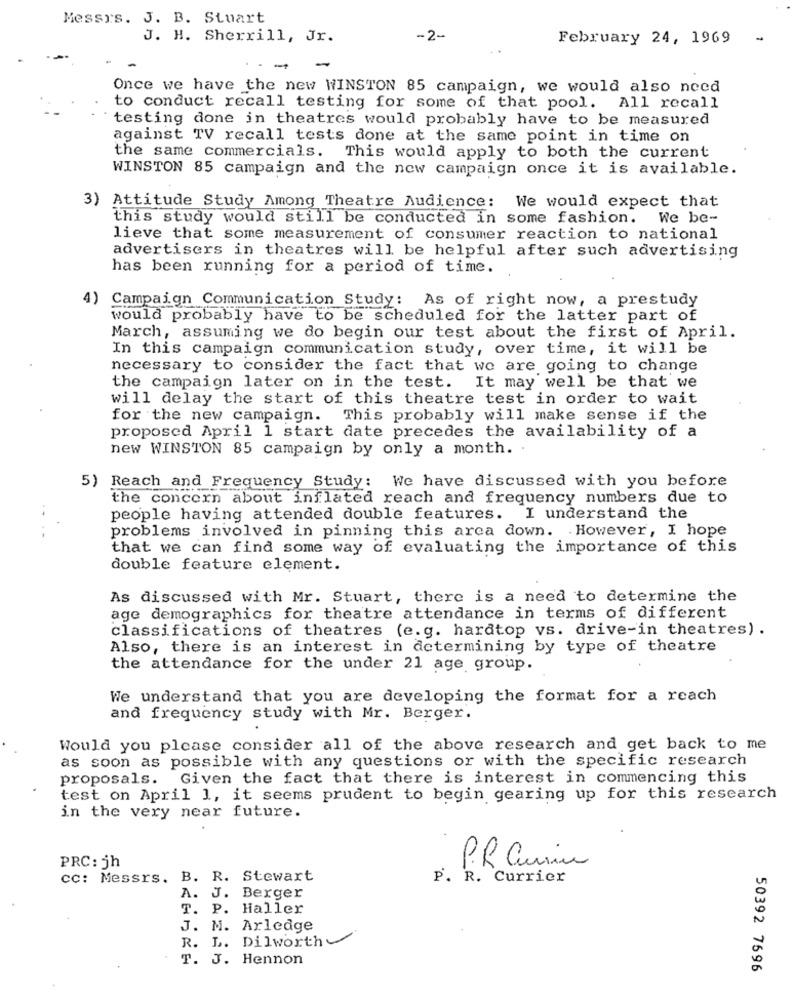
Messrs. J. B. Stuart
J. H. Sherrill, Jr.
-2-
February 24, 1969
Once we have the new WINSTON 85 campaign, we would also need
to conduct recall testing for some of that pool. All recall
testing done in theatres would probably have to be measured
against TV recall tests done at the same point in time on
the same commercials. This would apply to both the current
WINSTON 85 campaign and the new campaign once it is available.
3) Attitude Study Among Theatre Audience: We would expect that
this study would still be conducted in some fashion.
We be-
lieve that some measurement of consumer reaction to national
advertisers in theatres will be helpful after such advertising
has been running for a period of time.
4)
Campaign Communication Study: As of right now, a prestudy
would probably have to be scheduled for the latter part of
March, assuming we do begin our test about the first of April.
In this campaign communication study, over time, it will be
necessary to consider the fact that we are going to change
the campaign later on in the test. It may well be that we
will delay the start of this theatre test in order to wait
for the new campaign. This probably will make sense if the
proposed April 1 start date precedes the availability of a
new WINSTON 85 campaign by only a month. .
5) Reach and Frequency Study: We have discussed with you before
the concern about inflated reach and frequency numbers due to
people having attended double features. I understand the
problems involved in pinning this arca down. However, I hope
that we can find some way of evaluating the importance of this
double feature element.
As discussed with Mr. Stuart, there is a need to determine the
age demographics for theatre attendance in terms of different
classifications of theatres (e.g. hardtop vs. drive-in theatres) .
Also, there is an interest in determining by type of theatre
the attendance for the under 21 age group.
We understand that you are developing the format for a reach
and frequency study with Mr. Berger.
Would you please consider all of the above research and get back to me
as soon as possible with any questions or with the specific research
proposals. Given the fact that there is interest in commencing this
test on April 1, it seems prudent to begin gearing up for this research
in the very near future.
PRC: jh
PR Cuisine
cc: Messrs. B. R. Stewart
P. R. Currier
A. J. Berger
T. P. Haller
J. M. Arledge
R. L. Dilworth
T. J. Hennon
50392 7696